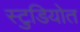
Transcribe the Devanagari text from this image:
स्टुडियोत